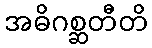
အဓိဂစ္ဆတီတိ